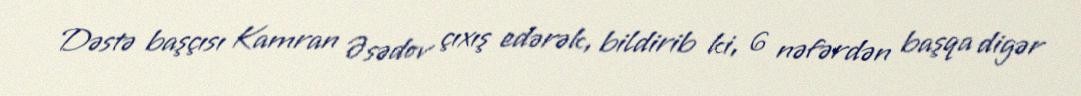
Dəstə başçısı Kamran Əsədov çıxış edərək, bildirib ki, 6 nəfərdən başqa digər